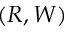
( R , W )